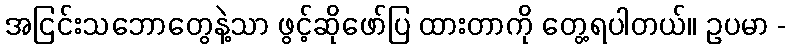
အငြင်းသဘောတွေနဲ့သာ ဖွင့်ဆိုဖော်ပြ ထားတာကို တွေ့ရပါတယ်။ ဥပမာ -